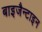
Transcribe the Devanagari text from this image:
बाइजैन्टाइन